Indian journal of veterinary science and animal husbandry - Volume 2,
Year: 1932
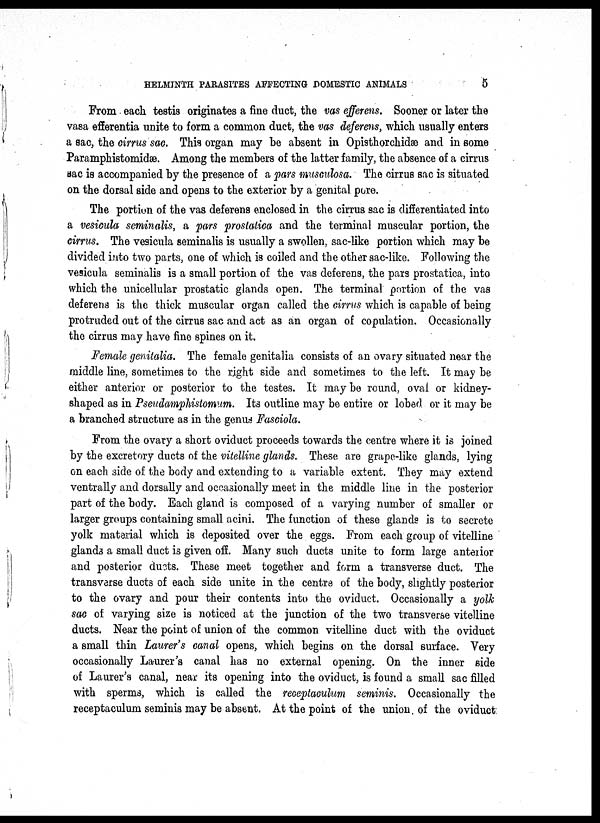
HELMINTH PARASITES AFFECTING DOMESTIC ANIMALS
5
From each testis originates a fine duct, the vas efferens. Sooner or later the
vasa efferentia unite to form a common duct, the vas deferens, which usually enters
a sac, the cirrus sac. This organ may be absent in Opisthorchidæ and in some
Paramphistomidæ. Among the members of the latter family, the absence of a cirrus
sac is accompanied by the presence of a pars musculosa. The cirrus sac is situated
on the dorsal side and opens to the exterior by a genital pore.
The portion of the vas deferens enclosed in the cirrus sac is differentiated into
a vesicula seminalis, a pars prostatica and the terminal muscular portion, the
cirrus. The vesicula seminalis is usually a swollen, sac-like portion which may be
divided into two parts, one of which is coiled and the other sac-like. Following the
vesicula seminalis is a small portion of the vas deferens, the pars prostatica, into
which the unicellular prostatic glands open. The terminal portion of the vas
deferens is the thick muscular organ called the cirrus which is capable of being
protruded out of the cirrus sac and act as an organ of copulation. Occasionally
the cirrus may have fine spines on it.
Female genitalia. The female genitalia consists of an ovary situated near the
middle line, sometimes to the right side and sometimes to the left. It may be
either anterior or posterior to the testes. It may be round, oval or kidney-
shaped as in Pseudamphistomum. Its outline may be entire or lobed or it may be
a branched structure as in the genus Fasciola.
From the ovary a short oviduct proceeds towards the centre where it is joined
by the excretory ducts of the vitelline glands. These are grape-like glands, lying
on each side of the body and extending to a variable extent. They may extend
ventrally and dorsally and occasionally meet in the middle line in the posterior
part of the body. Each gland is composed of a varying number of smaller or
larger groups containing small acini. The function of these glands is to secrete
yolk material which is deposited over the eggs. From each group of vitelline
glands a small duct is given off. Many such ducts unite to form large anterior
and posterior ducts. These meet together and form a transverse duct. The
transverse ducts of each side unite in the centre of the body, slightly posterior
to the ovary and pour their contents into the oviduct. Occasionally a yolk
sac of varying size is noticed at the junction of the two transverse vitelline
ducts. Near the point of union of the common vitelline duct with the oviduct
a small thin Laurer's canal opens, which begins on the dorsal surface. Very
occasionally Laurer's canal has no external opening. On the inner side
of Laurer's canal, near its opening into the oviduct, is found a small sac filled
with sperms, which is called the receptaculum seminis. Occasionally the
receptaculum seminis may be absent. At the point of the union of the oviduct